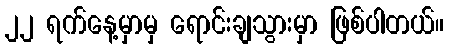
၂၂ ရက်နေ့မှာမှ ရောင်းချသွားမှာ ဖြစ်ပါတယ်။